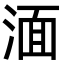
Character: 湎